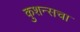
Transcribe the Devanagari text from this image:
कुशन्सचा